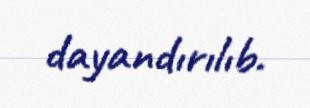
dayandırılıb.